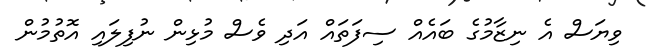
ވިޔަސް އެ ނިޒާމުގެ ބައެއް ސިފަތައް އަދި ވެސް މުޅިން ނުފިލައި އޮތުމުން